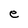
Character: e